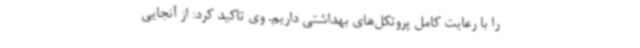
را با رعایت کامل پروتکل‌های بهداشتی داریم. وی تاکید کرد: از آنجایی